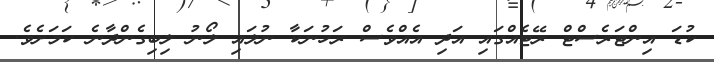
ކުޑަ އިންޓަރެސްޓް ރޭޓެއްގައި އަދި އެއްވެސް ރަހުނަކާ ނުލައި ލޯނު ލިބިގެންދާނެ ކަމަށެވެ.